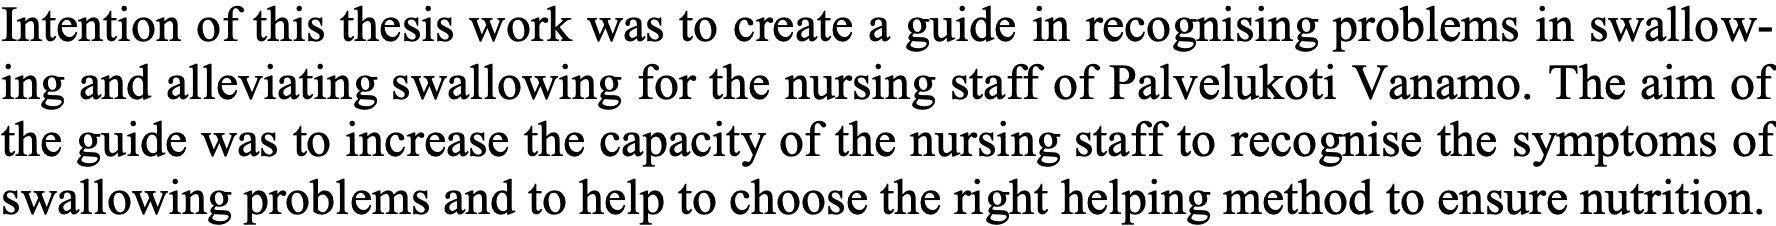
Intention of this thesis work was to create a guide in recognising problems in swallow- ing and alleviating swallowing for the nursing staff of Palvelukoti Vanamo. The aim of the guide was to increase the capacity of the nursing staff to recognise the symptoms of swallowing problems and to help to choose the right helping method to ensure nutrition.